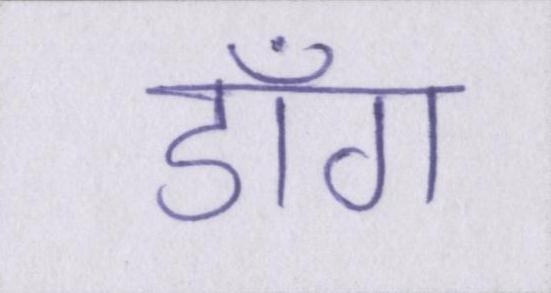
डाँग